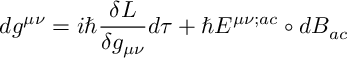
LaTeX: d g ^ { \mu \nu } = i \hbar \frac { \delta L } { \delta g _ { \mu \nu } } d \tau + \hbar { \cal E } ^ { \mu \nu ; a c } \circ d B _ { a c }